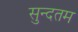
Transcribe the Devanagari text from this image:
सुन्दतम